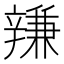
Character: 𨐩